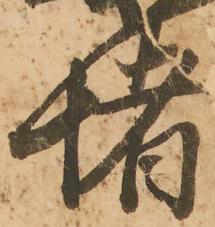
堵